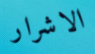
الاشرار